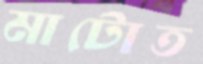
মাটোত